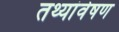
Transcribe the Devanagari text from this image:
तथ्यांवेषण